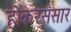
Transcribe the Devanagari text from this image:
होकरसंसार